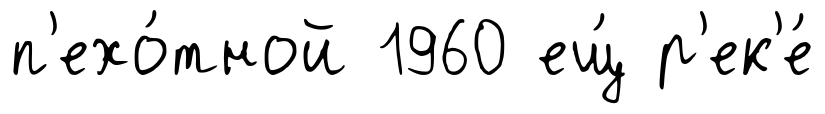
п'ехо́тной 1960 ещ́ р'ек'е́